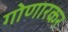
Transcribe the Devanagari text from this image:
गोणारकर